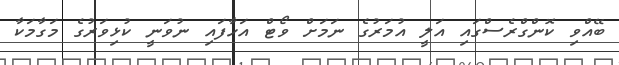
ބޭއްވި ކޮންގްރެސްގައި އަލީ އުމަރުގެ ނަމަށް ވޯޓް އަހާފައި ނުވަނީ ކުޅިވަރުގެ މަގާމަކާ